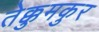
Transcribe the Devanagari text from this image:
तेक्कुमकुर